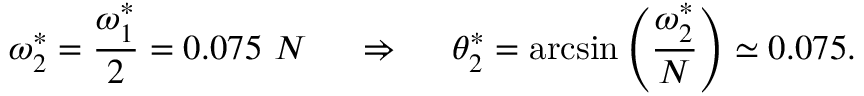
\omega _ { 2 } ^ { * } = \frac { \omega _ { 1 } ^ { * } } { 2 } = 0 . 0 7 5 ~ N ~ ~ ~ ~ \Rightarrow ~ ~ ~ ~ \theta _ { 2 } ^ { * } = \arcsin \left( \frac { \omega _ { 2 } ^ { * } } { N } \right) \simeq 0 . 0 7 5 .